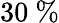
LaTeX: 30~\%